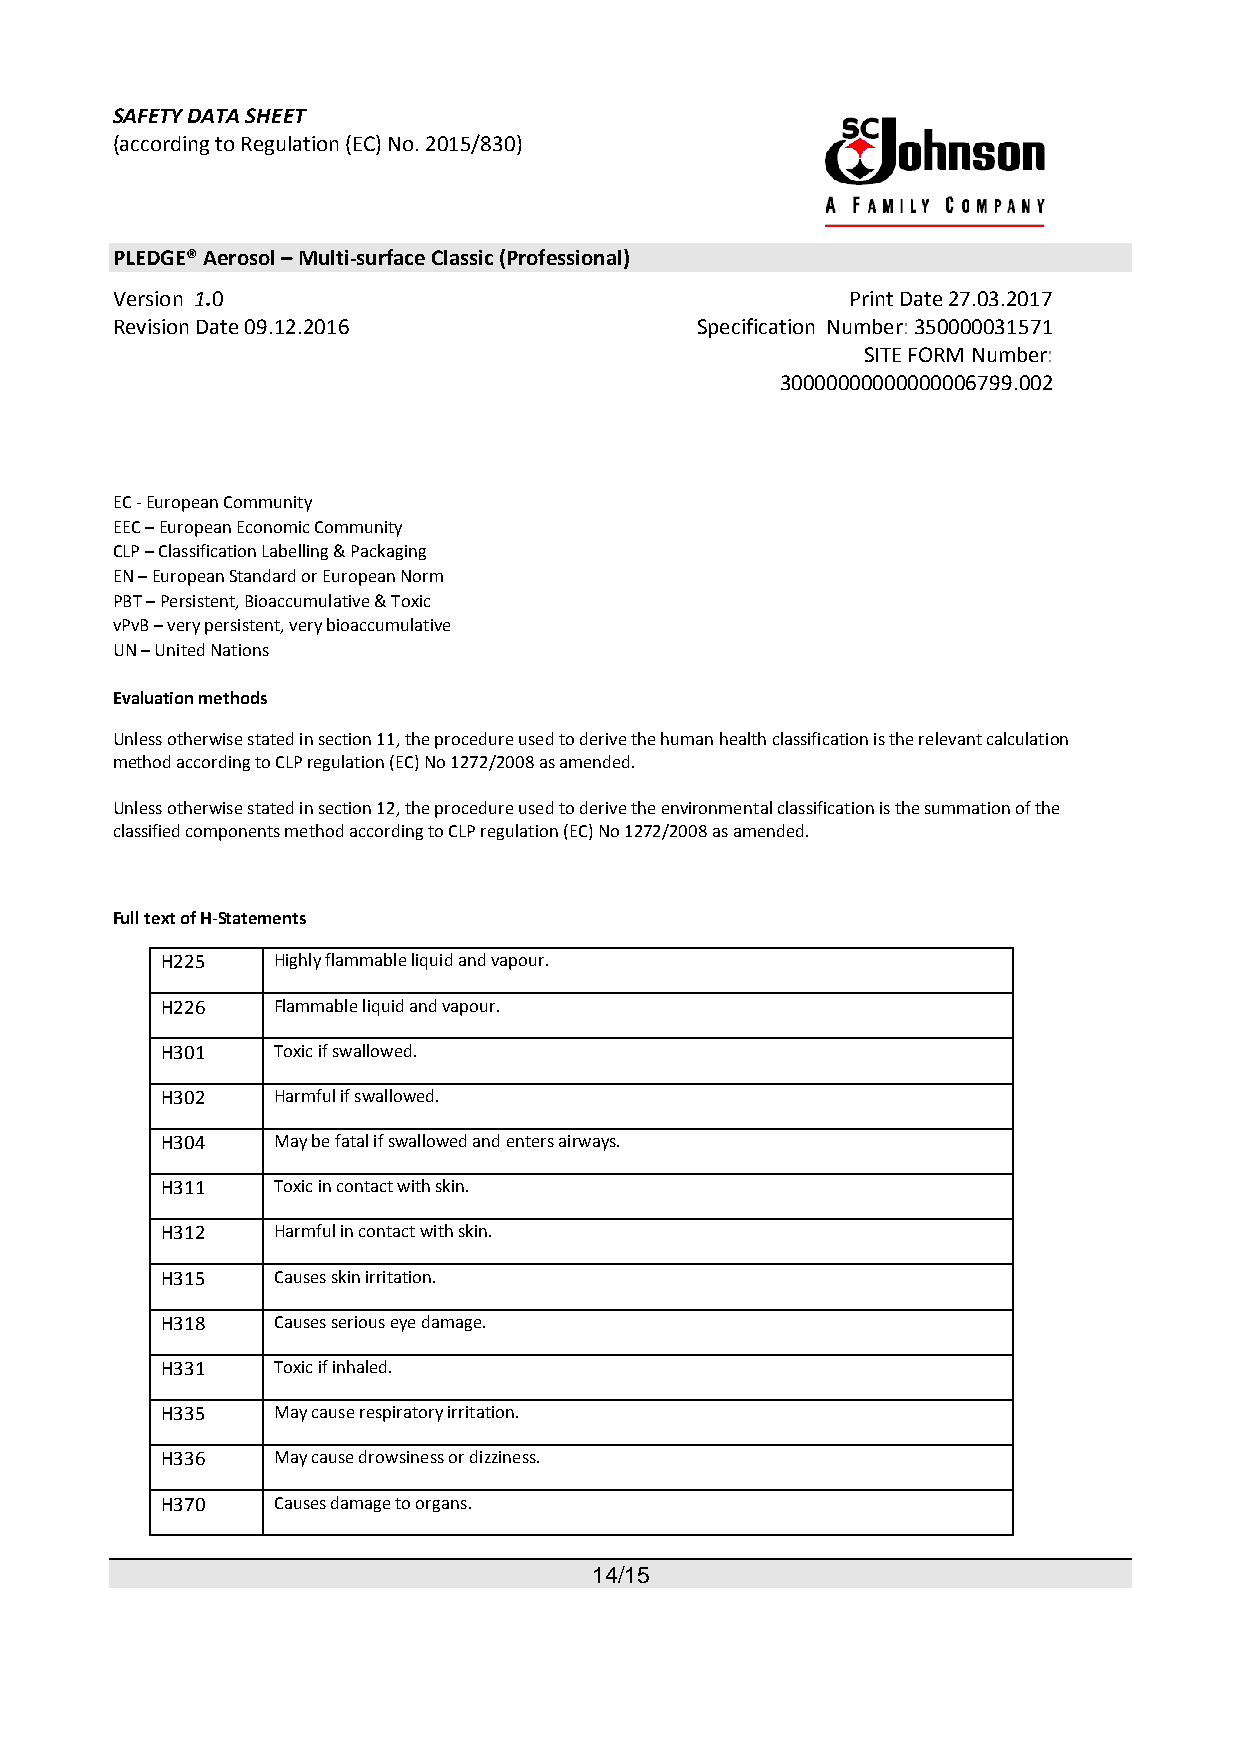
SAFETY DATA SHEET
 (according to Regulation (EC) No. 2015/830)
 PLEDGE® Aerosol – Multi-surface Classic (Professional)
 Version 1.0                                      Print Date 27.03.2017
 Revision Date 09.12.2016               Specification Number: 350000031571
 SITE FORM Number:
 30000000000000006799.002
 EC - European Community
 EEC – European Economic Community
 CLP – Classification Labelling & Packaging
 EN – European Standard or European Norm
 PBT – Persistent, Bioaccumulative & Toxic
 vPvB – very persistent, very bioaccumulative
 UN – United Nations
 Evaluation methods
 Unless otherwise stated in section 11, the procedure used to derive the human health classification is the relevant calculation
 method according to CLP regulation (EC) No 1272/2008 as amended.
 Unless otherwise stated in section 12, the procedure used to derive the environmental classification is the summation of the
 classified components method according to CLP regulation (EC) No 1272/2008 as amended.
 Full text of H-Statements
 H225   Highly flammable liquid and vapour.
 H226   Flammable liquid and vapour.
 H301   Toxic if swallowed.
 H302   Harmful if swallowed.
 H304   May be fatal if swallowed and enters airways.
 H311   Toxic in contact with skin.
 H312   Harmful in contact with skin.
 H315   Causes skin irritation.
 H318   Causes serious eye damage.
 H331   Toxic if inhaled.
 H335   May cause respiratory irritation.
 H336   May cause drowsiness or dizziness.
 H370   Causes damage to organs.
 14/15